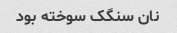
نان سنگک سوخته بود